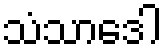
သံသာဒေါ